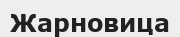
Жарновица